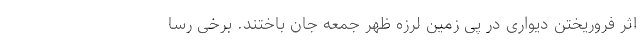
اثر فروریختن دیواری در پی زمین لرزه ظهر جمعه جان باختند. برخی رسا